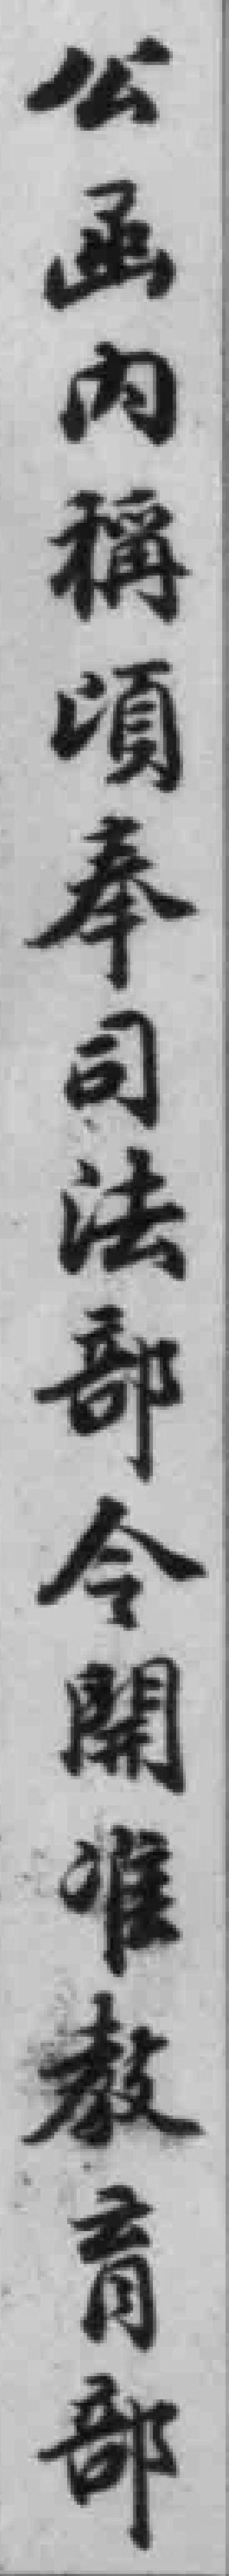
公函內稱頃奉司法部令開准教育部